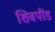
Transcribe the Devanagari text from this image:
शिवपींड